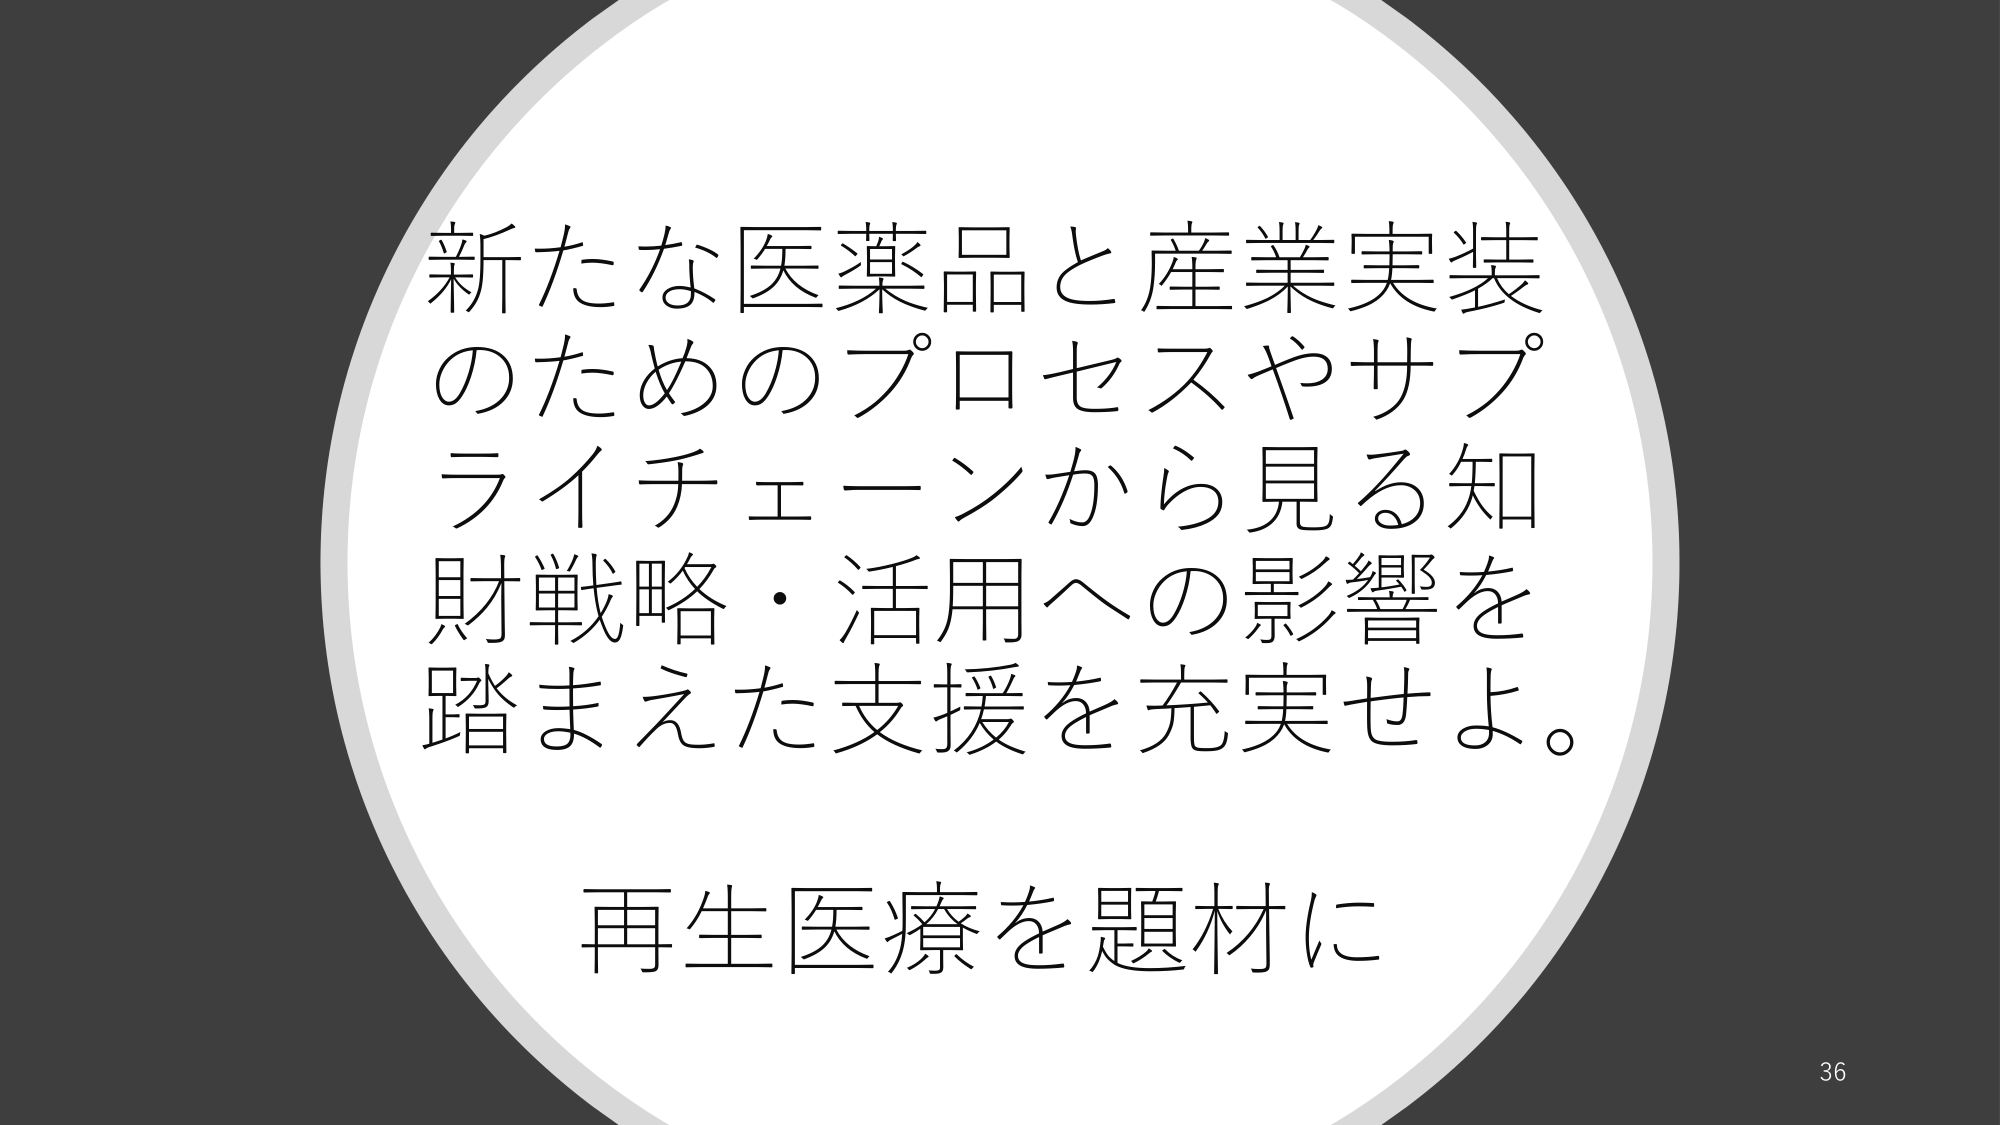
新たな医薬品と産業実装
のためのプロセスやサプ
ライチェーンから見る知
財戦略・活用への影響を
踏まえた支援を充実せよ。
再生医療を題材に
36